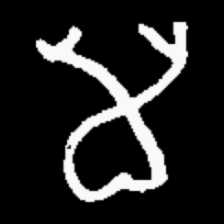
Pyu character \u2014 Myanmar letter: မ (romanized: ma)